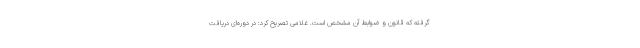
گرفته که قانون و ضوابط آن مشخص است. غلامی تصریح کرد: در دوره‌ای دریافت